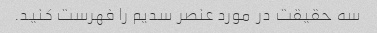
سه حقیقت در مورد عنصر سدیم را فهرست کنید.